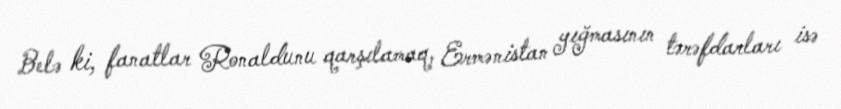
Belə ki, fanatlar Ronaldunu qarşılamaq, Ermənistan yığmasının tərəfdarları isə